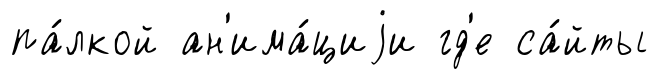
па́лкой ан'има́циjи гд'е са́йты